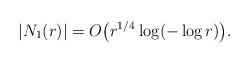
LaTeX: \begin{align*}\vert N_1(r)\vert = O\big(r^{1/4} \log (-\log r) \big).\end{align*}